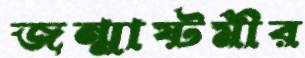
জন্মাষ্টমীর